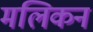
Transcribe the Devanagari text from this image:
मलिकन